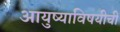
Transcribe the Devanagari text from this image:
आयुष्याविषयीची